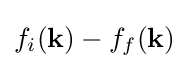
f_{i}({\textbf {k}})-f_{f}({\textbf {k}})